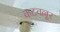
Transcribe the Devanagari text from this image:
कटवल्लूर